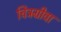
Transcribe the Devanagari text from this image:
चित्रग्रीवा